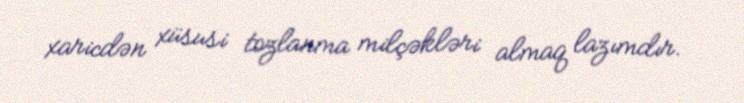
xaricdən xüsusi tozlanma milçəkləri almaq lazımdır.